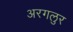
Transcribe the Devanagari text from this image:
अरगलुर